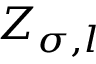
Z _ { \sigma , l }